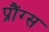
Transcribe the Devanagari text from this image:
प्रौंग्स